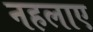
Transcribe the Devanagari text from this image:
नहलाए